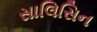
સાલિસિન